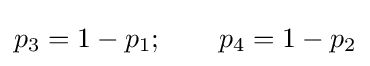
p_{3}=1-p_{1};\qquad p_{4}=1-p_{2}